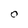
Character: O